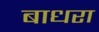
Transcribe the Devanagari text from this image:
बाधरा